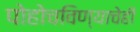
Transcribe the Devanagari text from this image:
पोहोचविण्याचेही